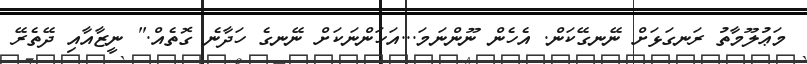
މަޢުލޫމާތު ރަނގަޅަށް ނޭނގޭކަން. އެހެން ނޫންނަމަ...އަހަންނަކަށް ނޭނގެ ހަދާނެ ގޮތެއް." ނީޒާއާއި ދޭތެރޭ